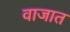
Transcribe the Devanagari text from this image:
वाजात